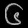
Digit: ၆